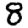
Digit: 8